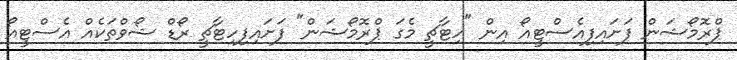
ޕްރޮމޯޝަން ފަށައިފިއެސްޓީއޯ އިން "ހިޓާޗީ މެގަ ޕްރޮމޯޝަން" ފަށައިފިހިޓާޗީ ރޯޑް ޝޯވްތަކެއް އެސްޓީއޯ